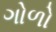
ગોળો